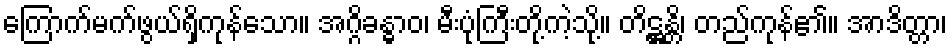
ကြောက်မက်ဖွယ်ရှိကုန်သော။ အဂ္ဂိခန္ဓာဝ၊ မီးပုံကြီးတို့ကဲ့သို့။ တိဋ္ဌန္တိ၊ တည်ကုန်၏။ အာဒိတ္တာ၊